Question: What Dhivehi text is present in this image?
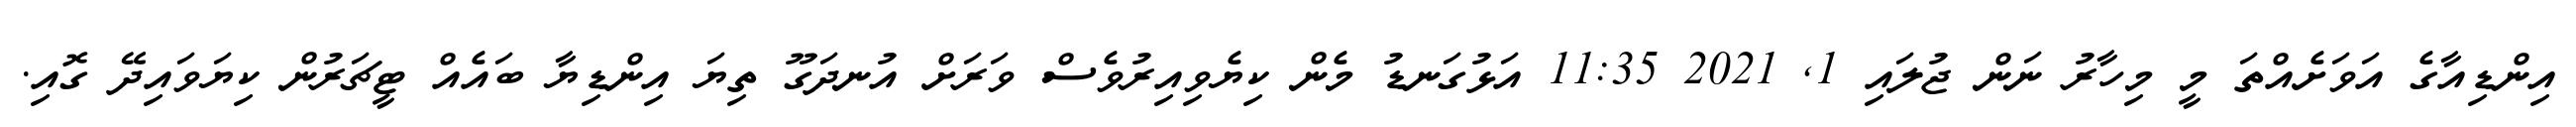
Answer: އިންޑިއާގެ އަވަށެއްތަ މީ މިހާރު ނަން ޖުލައި 1, 2021 11:35 އަޅުގަނޑު މެން ކިޔެވިއިރުވެސް ވަރަށް އުނދަގޫ ތިޔަ އިންޑިޔާ ބައެއް ޓީޗަރުން ކިޔަވައިދޭ ގޮއި.